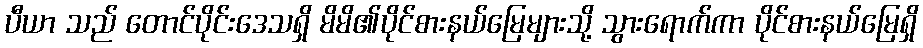
ပီယာ သည် တောင်ပိုင်းဒေသရှိ မိမိ၏ပိုင်စားနယ်မြေများသို့ သွားရောက်ကာ ပိုင်စားနယ်မြေရှိ